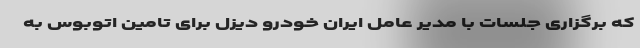
که برگزاری جلسات با مدیر عامل ایران خودرو دیزل برای تامین اتوبوس به